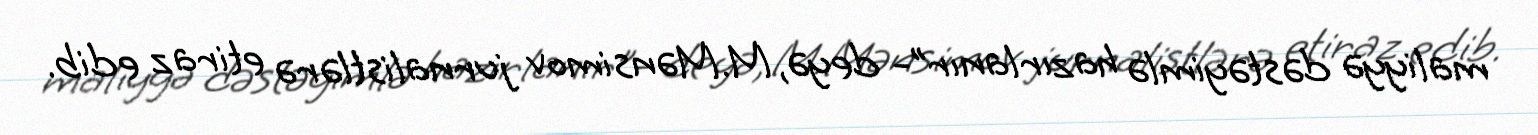
maliyyə dəstəyimlə hazırlanır”- deyə, M.Mənsimov jurnalistlərə etiraz edib.